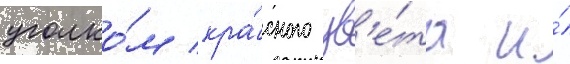
уголко́м кра́сного цв'е́та и́